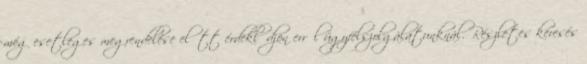
még esetleges megrendelése előtt érdeklődjön erről ügyfélszolgálatunknál. Részletes keresés